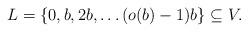
LaTeX: \begin{align*}L=\{0,b,2b,\ldots (o(b)-1)b\}\subseteq V.\end{align*}